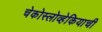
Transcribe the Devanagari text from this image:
चेकोस्लोव्हेकियाची